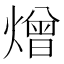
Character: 熷